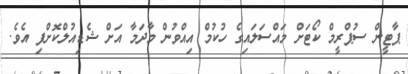
ޕާޓީން ސުޕްރީމް ކޯޓަށް މައްސަލައިގެ ހުކުމް އިއްވުން މާދަމާ އަށް ޝެޑިއުލްކޮށްފި އެވެ.